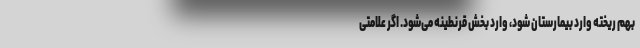
بهم ریخته وارد بیمارستان شود، وارد بخش قرنطینه می‌شود. اگر علامتی